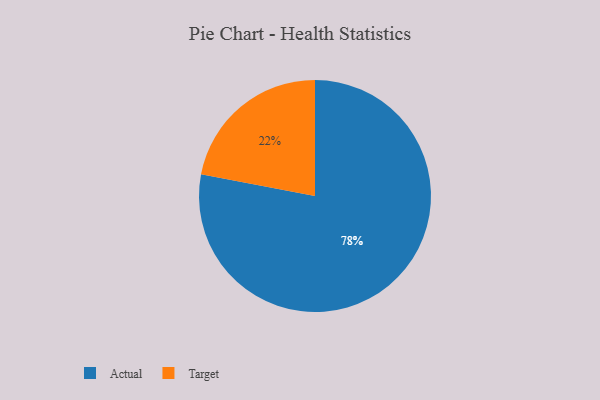
{"axis": {"x": "Category", "y": "Percentage"}, "legend": ["Actual", "Target"], "data": [{"x": "Target", "y": 22, "type": "Target"}, {"x": "Actual", "y": 78, "type": "Actual"}]}